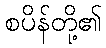
စပိန်တို့၏